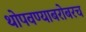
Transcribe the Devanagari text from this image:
थोपवण्याबरोबरच